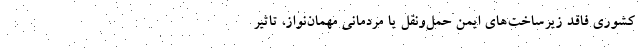
کشوری فاقد زیرساخت‌های ایمن حمل‌ونقل یا مردمانی مهمان‌نواز، تاثیر